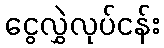
ငွေလွှဲလုပ်ငန်း